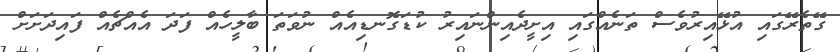
ގޭތެރޭގައި އުޅޭއިރުވެސް ތަނެއްގައި އިށީދެއިންނައިރު ކުޑަގޮނޑިއެއް ނުވަތަ ބާލީހެއް ފަދަ އެއްޗެއް ފައިދަށަށް